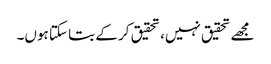
مجھے تحقیق نہیں، تحقیق کر کے بتا سکتا ہوں۔